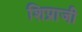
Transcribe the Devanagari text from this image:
शिप्राजी